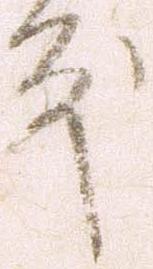
殿